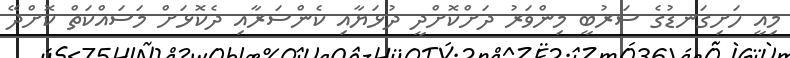
މިއީ ހަށިގަނޑުގެ ސަރުބީ މިންވަރު ދަށްކޮށްދީ ދުޅަޔާއި ކެންސަރާއި ދެކޮޅަށް މަސައްކަތް ކޮށްދޭ